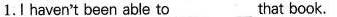
1.I haven't been able to___that book.